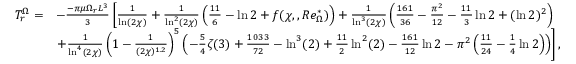
\begin{array} { r l } { T _ { r } ^ { \Omega } = } & { - \frac { - \pi \mu \Omega _ { r } L ^ { 3 } } { 3 } \left[ \frac { 1 } { \ln ( 2 \chi ) } + \frac { 1 } { \ln ^ { 2 } ( 2 \chi ) } \left( \frac { 1 1 } { 6 } - \ln 2 + f ( \chi , , R e _ { \Omega } ^ { * } ) \right) + \frac { 1 } { \ln ^ { 3 } ( 2 \chi ) } \left( \frac { 1 6 1 } { 3 6 } - \frac { \pi ^ { 2 } } { 1 2 } - \frac { 1 1 } { 3 } \ln 2 + ( \ln 2 ) ^ { 2 } \right) \right. } \\ & { \left. + \frac { 1 } { \ln ^ { 4 } ( 2 \chi ) } \left( 1 - \frac { 1 } { ( 2 \chi ) ^ { 1 . 2 } } \right) ^ { 5 } \left( - \frac { 5 } { 4 } \zeta ( 3 ) + \frac { 1 0 3 3 } { 7 2 } - \ln ^ { 3 } ( 2 ) + \frac { 1 1 } { 2 } \ln ^ { 2 } ( 2 ) - \frac { 1 6 1 } { 1 2 } \ln 2 - \pi ^ { 2 } \left( \frac { 1 1 } { 2 4 } - \frac { 1 } { 4 } \ln 2 \right) \right) \right] , } \end{array}